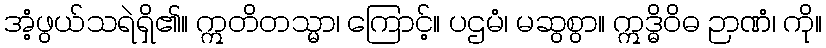
အံ့ဖွယ်သရဲရှိ၏။ ဣတိတသ္မာ၊ ကြောင့်။ ပဌမံ၊ မဆွစွာ။ ဣဒ္ဓိဝိဓ ဉာဏံ၊ ကို။